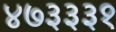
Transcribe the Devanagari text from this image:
४७३३३१